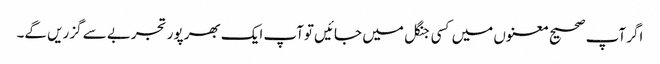
اگر آپ صحیح معنوں میں کسی جنگل میں جائیں توآپ ایک بھر پور تجربے سے گزریں گے۔